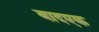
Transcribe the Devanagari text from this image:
बादएक